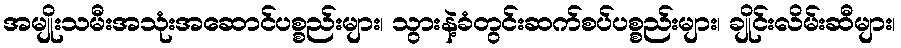
အမျိုးသမီးအသုံးအဆောင်ပစ္စည်းများ၊ သွားနဲ့ခံတွင်းဆက်စပ်ပစ္စည်းများ၊ ချိုင်းလိမ်းဆီများ၊